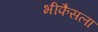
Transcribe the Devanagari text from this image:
भीफैसला